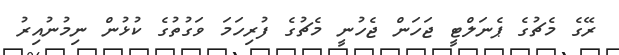
ރޭގެ މެޗުގެ ޕެނަލްޓީ ޖަހަން ޖެހުނީ މެޗުގެ ފުރިހަމަ ވަގުތުގެ ކުޅުން ނިމުނުއިރު